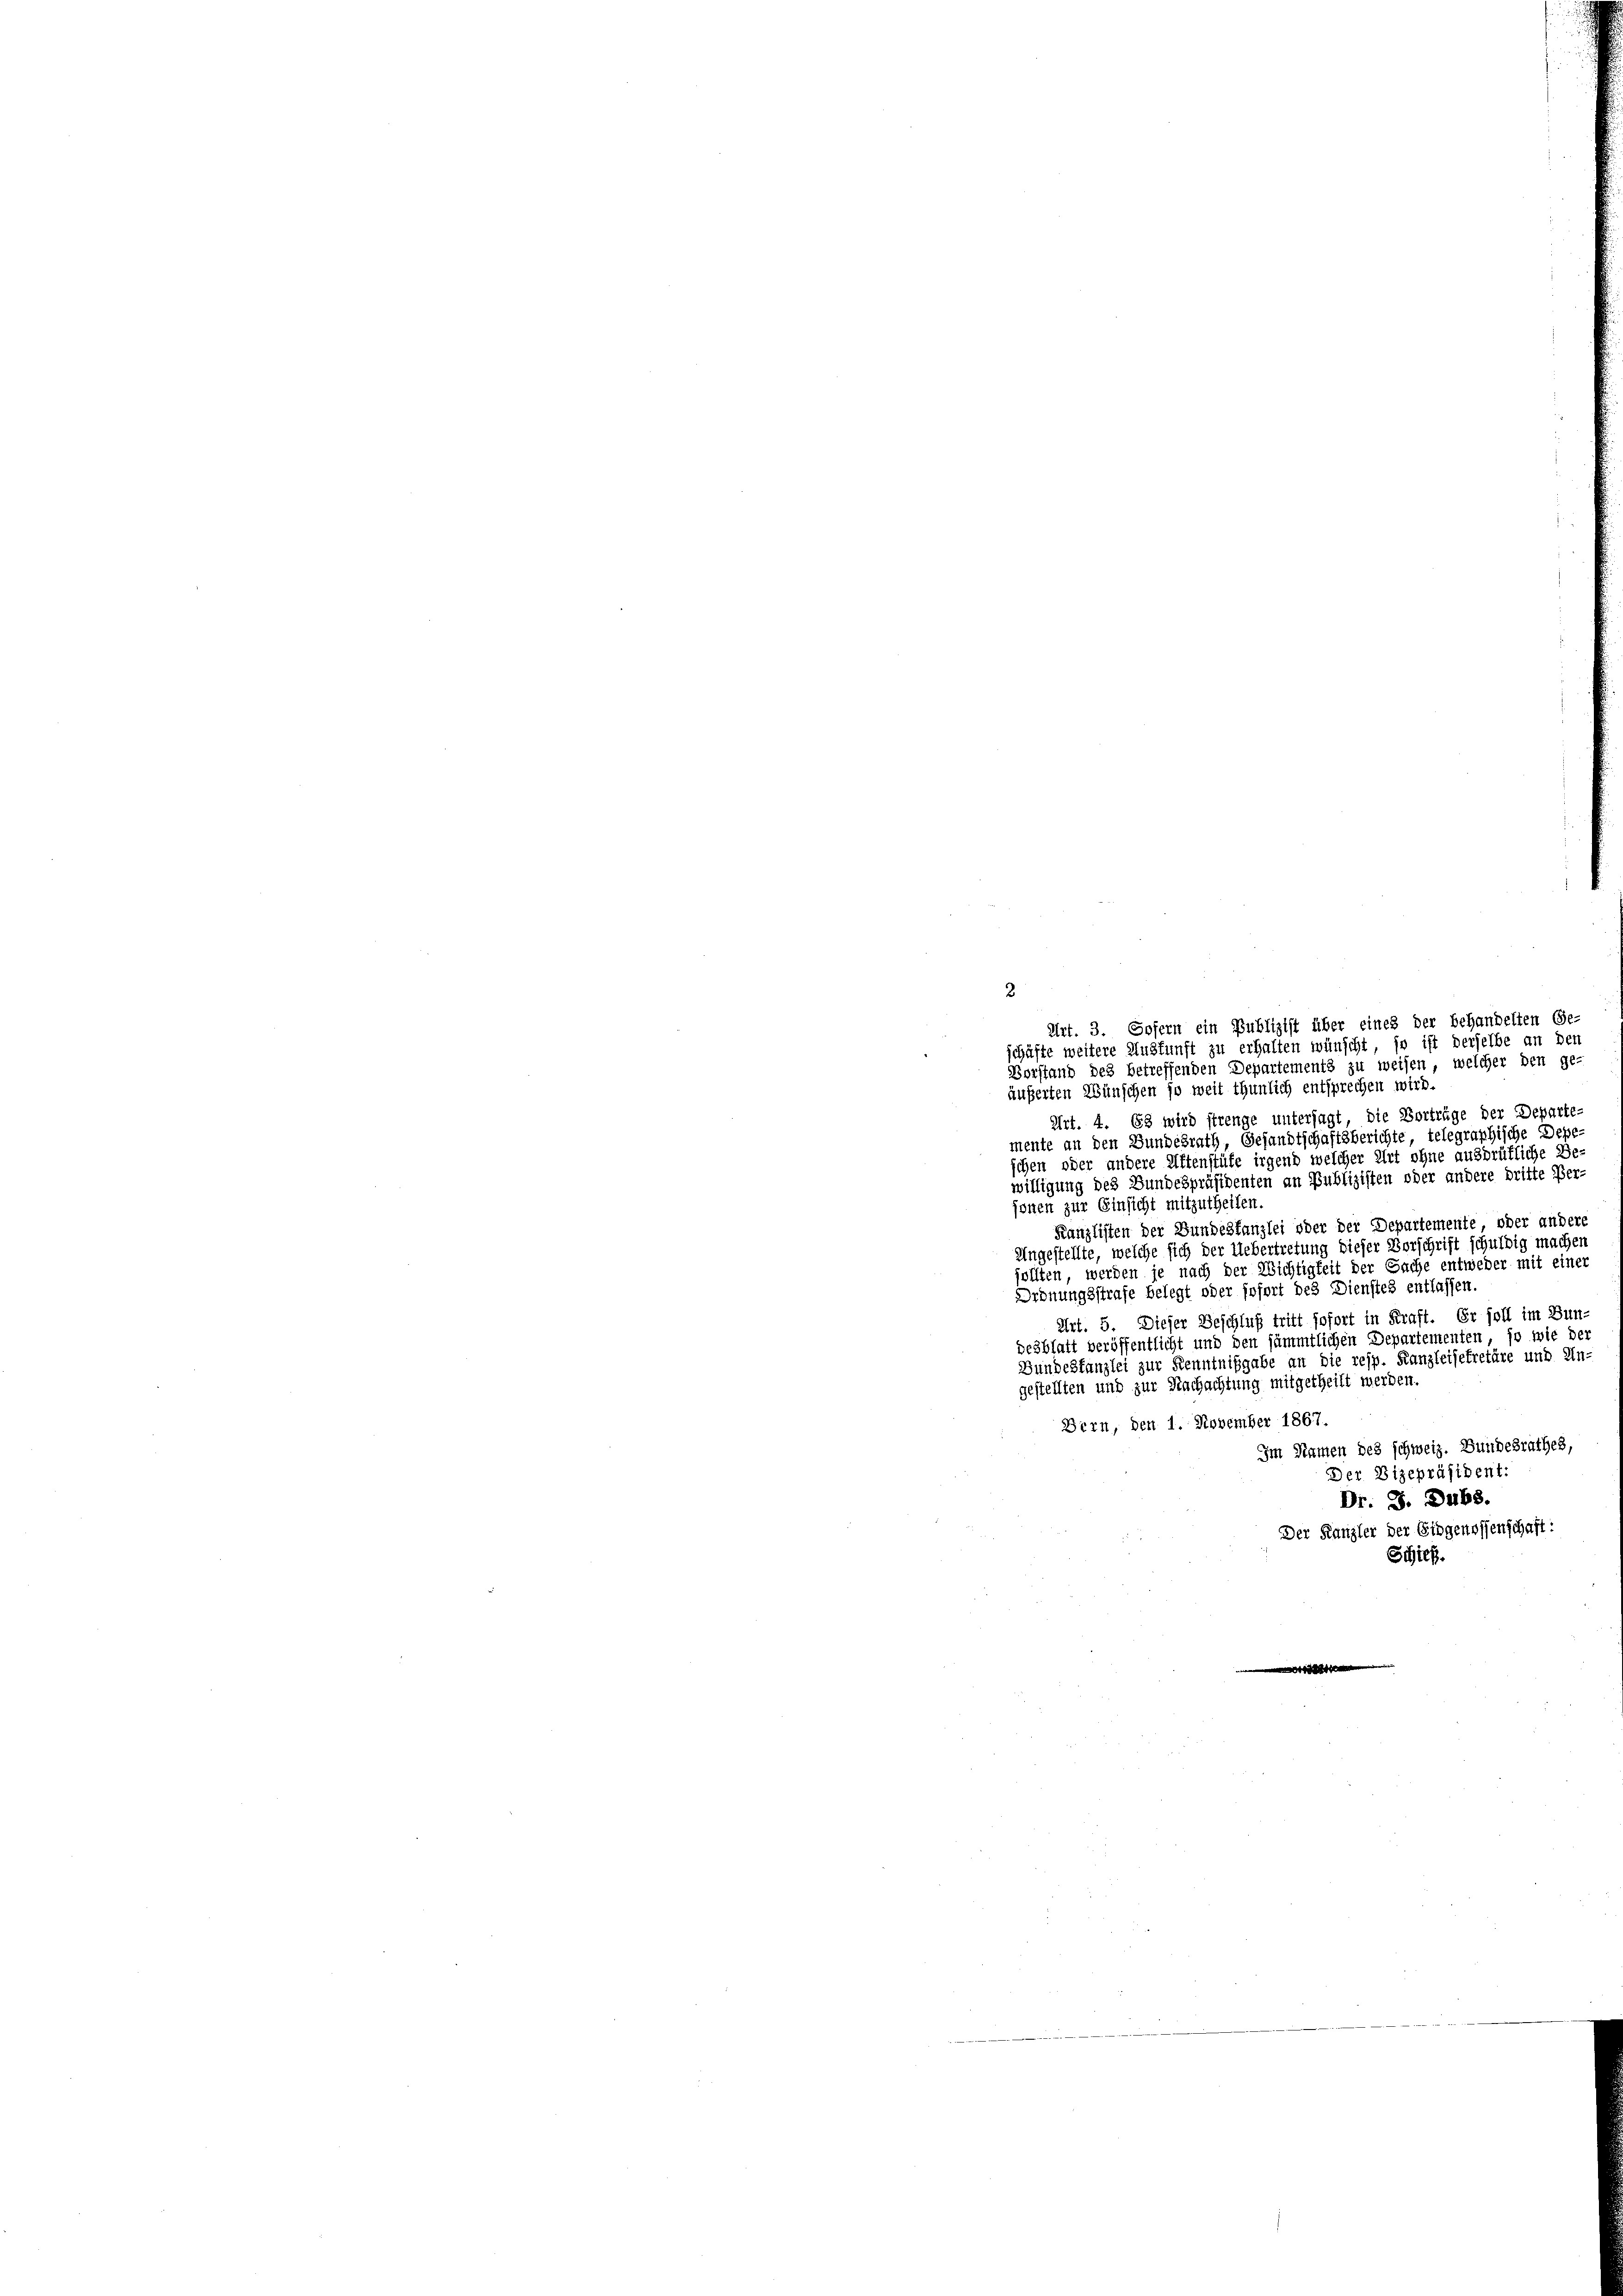
2
Art. 3. Sofern ein Publizist über eines der behandelten Ge-
schäfte weitere Auskunft zu erhalten wünscht, so ist derselbe an den
Vorstand des betreffenden Departements zu weisen, welcher den ge-
äußerten Wünschen so weit thunlich entsprechen wird.
Art. 4. 63 wird strenge untersagt, die Vorträge der Departe-
mente an den Bundesrath, Gesandtschaftsberichte telegraphische Depe-
schen oder andere Attenstüfe irgend welcher Art ohne ausdrükliche Be-
willigung des Bundespräsidenten an Publizisten oder andere dritte Per-
jenen zur Einsicht mitzutheilen.
Kanzlisten der Bundeskanzlei oder der Departemente, oder andere
Ungestellte, welche sich der Uebertretung dieser Vorschrift schuldig machen
sollten, werden je nach der Nichtigkeit der Sache entweder mit einer
Ordnungsstrafe belegt oder sofort des Dienstes entlassen.
Art. 5. Dieser Beschluß tritt sofort in Kraft. Er soll im Bun-
desblatt veröffentlicht und den sämmtlichen Departementen, so wie der
Bundestanzlei zur Kenntnißgabe an die resp. Kanzleisekretäre und Ein-
gestellten und zur Nachachtung mitgetheilt werden.
Bern, den 1. November 1867.
Im Namen des schweiz. Bundesrathes,
Der Vizepräsident:
Dr. J. Dubs.
Der Kanzler der Eidgenossenschaft:
Schieß.